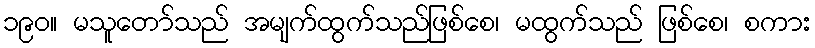
၁၉၀။ မသူတော်သည် အမျက်ထွက်သည်ဖြစ်စေ၊ မထွက်သည် ဖြစ်စေ၊ စကား